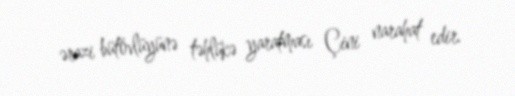
ərazi bütövlüyünə təhlükə yaratması Çini narahat edir.